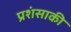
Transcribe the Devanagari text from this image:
प्रशंसाकी